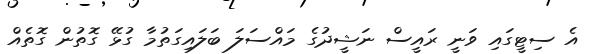
އެ ސިޓީގައި ވަނީ ރައީސް ނަޝީދުގެ މައްސަލަ ބަލައިގަތުމާ ގުޅޭ ގޮތުން ގޮތެއް